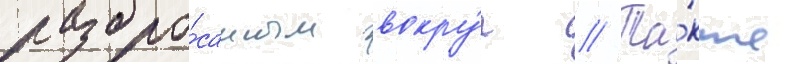
разбро́санным вокру́г // Та́кже